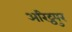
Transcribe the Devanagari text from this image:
अरिट्ठपुर